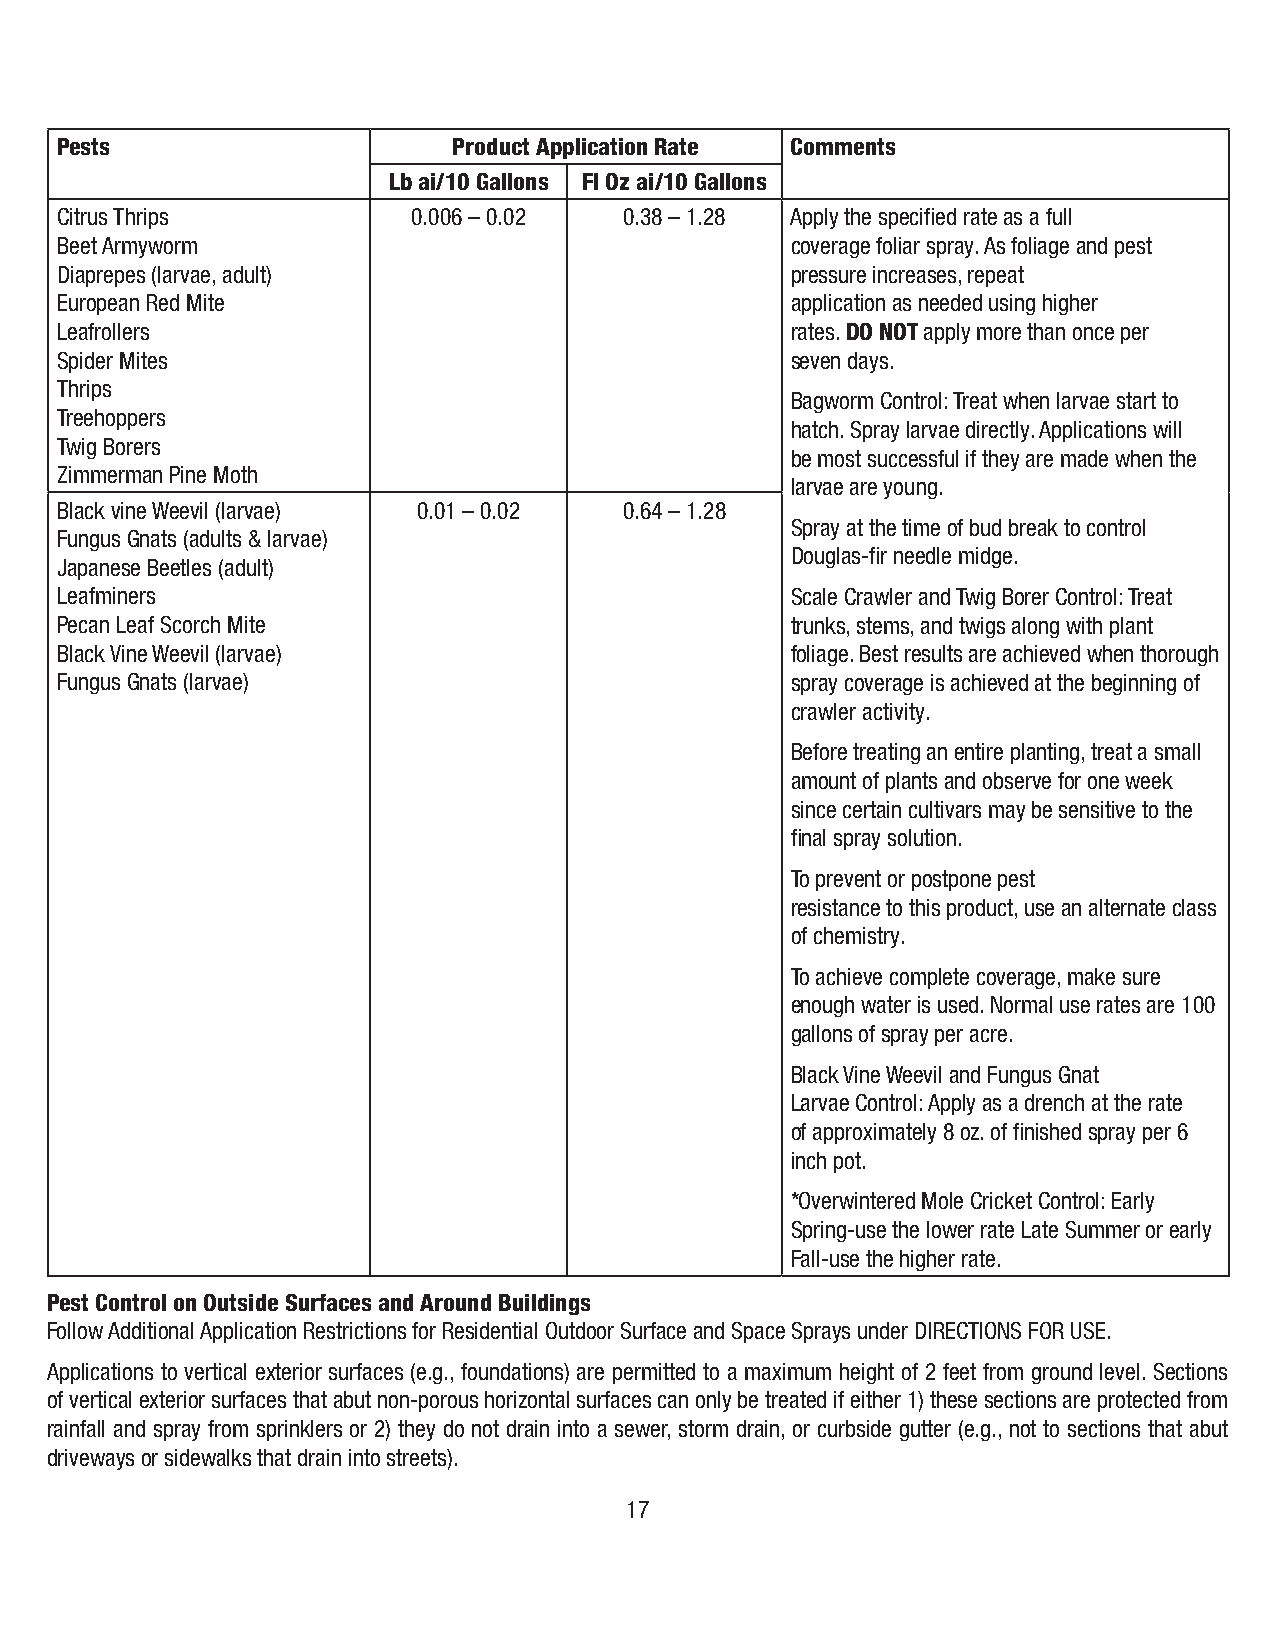
Pests                     Product Application Rate Comments
 Lb ai/10 Gallons Fl Oz ai/10 Gallons
 Citrus Thrips          0.006 – 0.02  0.38 – 1.28 Apply the specified rate as a full
 Beet Armyworm                                   coverage foliar spray. As foliage and pest
 Diaprepes (larvae, adult)                       pressure increases, repeat
 European Red Mite                               application as needed using higher
 Leafrollers                                     rates. DO NOT apply more than once per
 Spider Mites                                    seven days.
 Thrips
 Bagworm Control: Treat when larvae start to
 Treehoppers
 hatch. Spray larvae directly. Applications will
 Twig Borers
 be most successful if they are made when the
 Zimmerman Pine Moth
 larvae are young.
 Black vine Weevil (larvae) 0.01 – 0.02 0.64 – 1.28
 Spray at the time of bud break to control
 Fungus Gnats (adults & larvae)
 Douglas-fir needle midge.
 Japanese Beetles (adult)
 Leafminers                                      Scale Crawler and Twig Borer Control: Treat
 Pecan Leaf Scorch Mite                          trunks, stems, and twigs along with plant
 Black Vine Weevil (larvae)                      foliage. Best results are achieved when thorough
 Fungus Gnats (larvae)                           spray coverage is achieved at the beginning of
 crawler activity.
 Before treating an entire planting, treat a small
 amount of plants and observe for one week
 since certain cultivars may be sensitive to the
 final spray solution.
 To prevent or postpone pest
 resistance to this product, use an alternate class
 of chemistry.
 To achieve complete coverage, make sure
 enough water is used. Normal use rates are 100
 gallons of spray per acre.
 Black Vine Weevil and Fungus Gnat
 Larvae Control: Apply as a drench at the rate
 of approximately 8 oz. of finished spray per 6
 inch pot.
 *Overwintered Mole Cricket Control: Early
 Spring-use the lower rate Late Summer or early
 Fall-use the higher rate.
 Pest Control on Outside Surfaces and Around Buildings
 Follow Additional Application Restrictions for Residential Outdoor Surface and Space Sprays under DIRECTIONS FOR USE.
 Applications to vertical exterior surfaces (e.g., foundations) are permitted to a maximum height of 2 feet from ground level. Sections
 of vertical exterior surfaces that abut non-porous horizontal surfaces can only be treated if either 1) these sections are protected from
 rainfall and spray from sprinklers or 2) they do not drain into a sewer, storm drain, or curbside gutter (e.g., not to sections that abut
 driveways or sidewalks that drain into streets).
 17